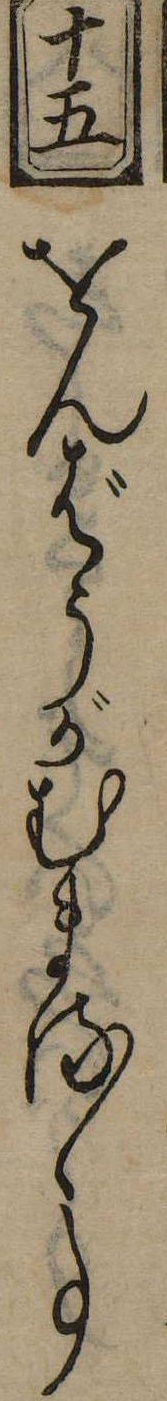
十五をんばうがむまるゝ事